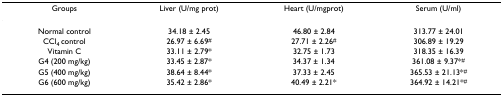
<table><thead><tr><td><b>Groups</b></td><td><b>Liver (U/mg prot)</b></td><td><b>Heart (U/mgprot)</b></td><td><b>Serum (U/ml)</b></td></tr></thead><tbody><tr><td>Normal control</td><td>34.18 ± 2.45</td><td>46.80 ± 2.84</td><td>313.77 ± 24.01</td></tr><tr><td>CCl<sub>4 </sub>control</td><td>26.97 ± 6.69<sup>#</sup></td><td>27.71 ± 2.26<sup>#</sup></td><td>306.89 ± 19.29</td></tr><tr><td>Vitamin C</td><td>33.11 ± 2.79*</td><td>32.75 ± 1.73</td><td>318.35 ± 16.39</td></tr><tr><td>G4 (200 mg/kg)</td><td>33.45 ± 2.87*</td><td>34.37 ± 1.34</td><td>361.08 ± 9.37*<sup>#</sup></td></tr><tr><td>G5 (400 mg/kg)</td><td>38.64 ± 8.44*</td><td>37.33 ± 2.45</td><td>365.53 ± 21.13*<sup>#</sup></td></tr><tr><td>G6 (600 mg/kg)</td><td>35.42 ± 2.86*</td><td>40.49 ± 2.21*</td><td>364.92 ± 14.21*<sup>#</sup></td></tr></tbody></table>